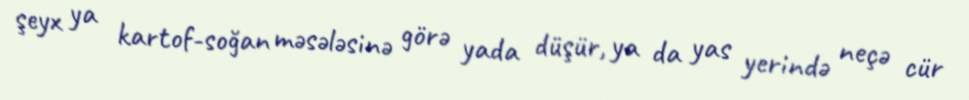
şeyx ya kartof-soğan məsələsinə görə yada düşür, ya da yas yerində neçə cür